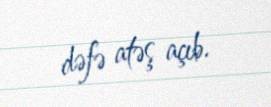
dəfə atəş açıb.